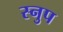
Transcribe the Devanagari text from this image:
स्नुप